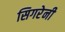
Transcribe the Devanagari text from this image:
सिगरेनी